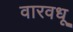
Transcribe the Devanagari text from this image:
वारवधू